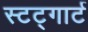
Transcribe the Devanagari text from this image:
स्टट्गार्ट